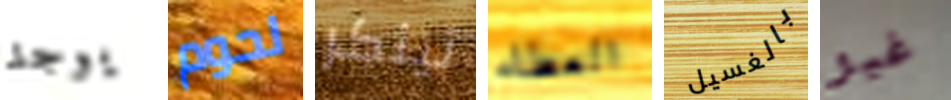
يوجد لحوم تينكر العطاء بالغسيل غير